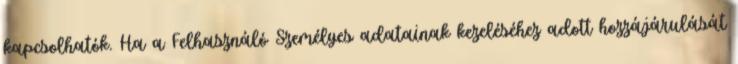
kapcsolhatók. Ha a Felhasználó Személyes adatainak kezeléséhez adott hozzájárulását